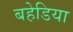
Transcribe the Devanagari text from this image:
बहेडिया